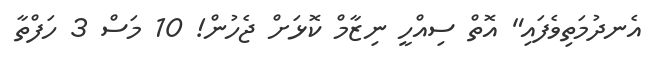
އެނދުމަތިވެފައި" އޮތް ސިއްހީ ނިޒާމް ކޮޅަށް ޖެހުން! 10 މަސް 3 ހަފްތާ